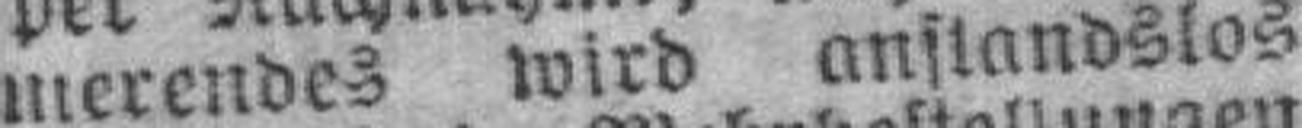
merendes wird anstandslos